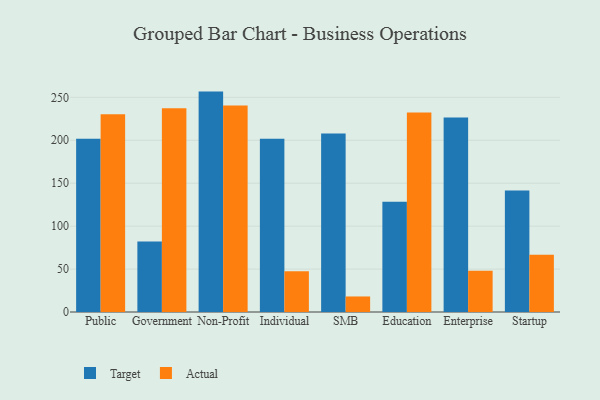
{"axis": {"x": "Segment", "y": "Population (Million)"}, "legend": ["Actual", "Target"], "data": [{"x": "Public", "y": 201.7, "type": "Target"}, {"x": "Public", "y": 230.3, "type": "Actual"}, {"x": "Government", "y": 82.0, "type": "Target"}, {"x": "Government", "y": 237.3, "type": "Actual"}, {"x": "Non-Profit", "y": 256.7, "type": "Target"}, {"x": "Non-Profit", "y": 240.6, "type": "Actual"}, {"x": "Individual", "y": 201.8, "type": "Target"}, {"x": "Individual", "y": 47.5, "type": "Actual"}, {"x": "SMB", "y": 207.9, "type": "Target"}, {"x": "SMB", "y": 18.1, "type": "Actual"}, {"x": "Education", "y": 128.3, "type": "Target"}, {"x": "Education", "y": 232.5, "type": "Actual"}, {"x": "Enterprise", "y": 226.6, "type": "Target"}, {"x": "Enterprise", "y": 48.1, "type": "Actual"}, {"x": "Startup", "y": 141.6, "type": "Target"}, {"x": "Startup", "y": 66.7, "type": "Actual"}]}